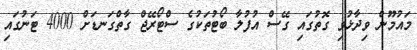
މައުމޫން ވިދާޅުވި ގޮތުގައި ގޭސް އުފުލާ ބޯޓުތަކުގެ ސްޓޯރޭޖް ގާތްގަނޑަށް 4000 ޓަނުގައި